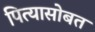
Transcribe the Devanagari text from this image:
पित्यासोबत